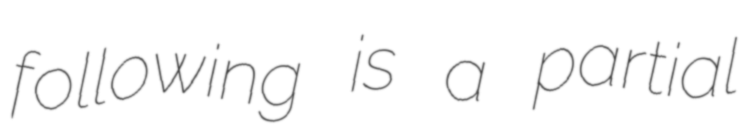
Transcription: following is a partial